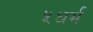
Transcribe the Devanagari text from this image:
५धर्म